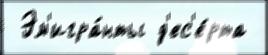
 Эм'игра́нты д'ес'е́рта